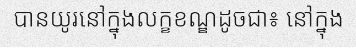
បានយូរនៅក្នុងលក្ខខណ្ឌដូចជា៖ នៅក្នុង